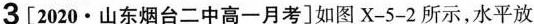
3[2020·山东烟台二中高一月考]如图X-5-2所示，水平放